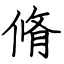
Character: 脩